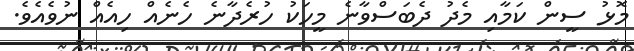
މޮޅު ސީން ކަމާއި މެދު ދެބަސްވާނެ މީހަކު ހުރެދާނެ ހެނެއް ހިއެއް ނުވެއެވެ.